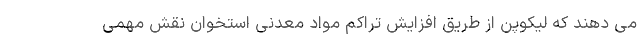
می دهند که لیکوپن از طریق افزایش تراکم مواد معدنی استخوان نقش مهمی